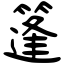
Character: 篷